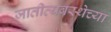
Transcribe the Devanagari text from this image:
जातीव्यवस्थेच्या